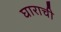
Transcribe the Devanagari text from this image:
घाराची